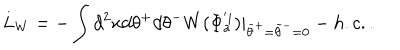
L _ { W } = - \int d ^ { 2 } x d \theta ^ { + } d \theta ^ { - } W ( \Phi _ { a } ^ { ' i } ) | _ { { \bar { \theta } } ^ { + } = { \bar { \theta } } ^ { - } = 0 } - h . c . .